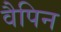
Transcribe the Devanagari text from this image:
वैपिन